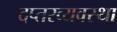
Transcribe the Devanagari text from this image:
दप्तरव्यवस्था